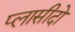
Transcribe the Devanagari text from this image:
प्लासीदो